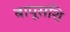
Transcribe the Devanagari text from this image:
बापूसंशि